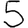
Digit: 5